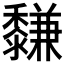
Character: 𪐋